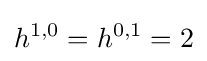
h^{1,0}=h^{0,1}=2